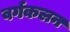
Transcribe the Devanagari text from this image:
वर्गकलन